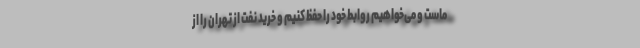
ماست و می‌خواهیم روابط خود را حفظ کنیم و خرید نفت از تهران را از